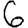
Digit: 6